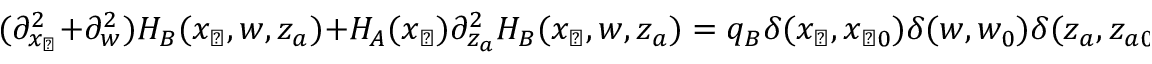
( \partial _ { x _ { \perp } } ^ { 2 } + \partial _ { w } ^ { 2 } ) H _ { B } ( x _ { \perp } , w , z _ { a } ) + H _ { A } ( x _ { \perp } ) \partial _ { z _ { a } } ^ { 2 } H _ { B } ( x _ { \perp } , w , z _ { a } ) = q _ { B } \delta ( x _ { \perp } , x _ { \perp 0 } ) \delta ( w , w _ { 0 } ) \delta ( z _ { a } , z _ { a 0 } ) ,